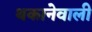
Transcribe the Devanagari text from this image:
थकानेवाली